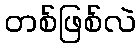
တစ်ဖြစ်လဲ